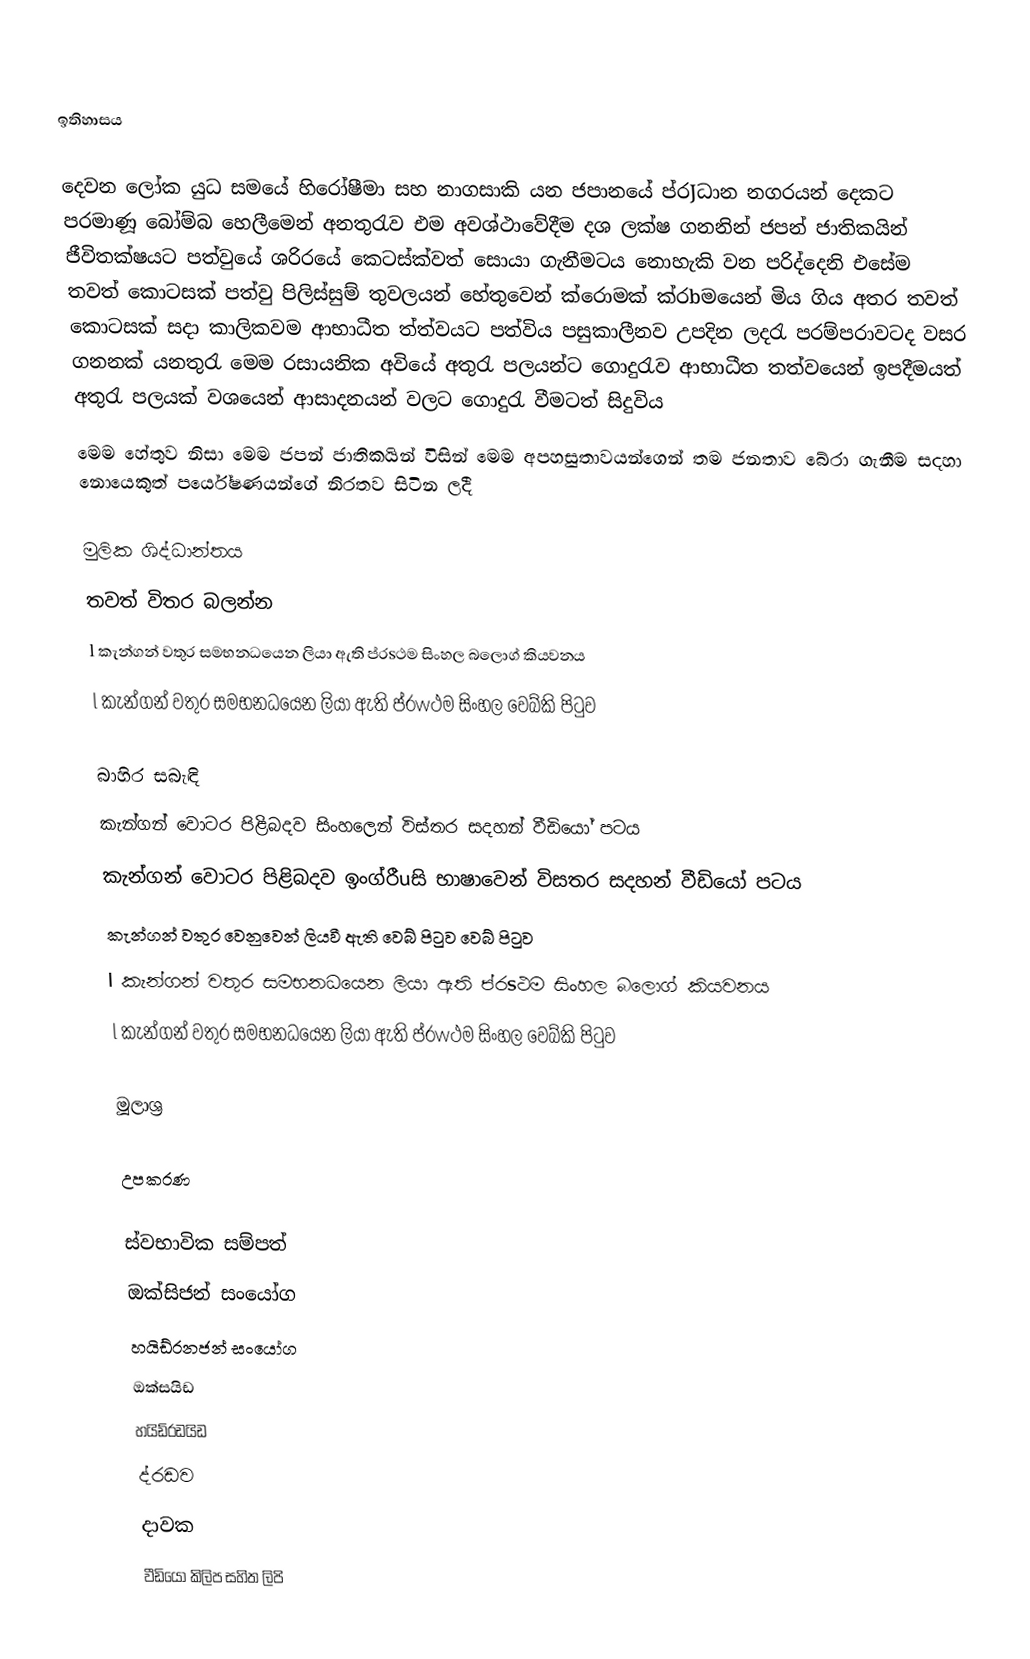

ඉතිහාසය

දෙවන ලෝක යුධ සමයේ හිරෝෂීමා සහ නාගසාකි යන ජපානයේ ප්රJධාන නගරයන් දෙකට පරමාණූ බෝම්බ හෙලීමෙන් අනතුරැව එම අවශ්ථාවේදීම දශ ලක්ෂ ගනනින් ජපන් ජාතිකයින් ජීවිතක්ෂයට පත්වුයේ ශරිරයේ කෙටස්ක්වත් සොයා ගැනීමටය නොහැකි වන පරිද්දෙනි එසේම තවත් කොටසක් පත්වු පිලිස්සුම් තුවලයන් හේතුවෙන් ක්රොමක් ක්රbමයෙන් මිය ගිය අතර තවත් කොටසක් සදා කාලිකවම ආභාධීත ත්ත්වයට පත්විය පසුකාලීනව උපදින ලදරැ පරම්පරාවටද වසර ගනනක් යනතුරැ මෙම රසායනික අවියේ අතුරැ පලයන්ට ගොදුරැව ආභාධීත තත්වයෙන් ඉපදීමයත් අතුරැ පලයක් වශයෙන් ආසාදනයන් වලට ගොදුරැ වීමටත් සිදුවිය
මෙම හේතුව නිසා මෙම ජපන් ජාතිකයින් විසින් මෙම අපහසුතාවයන්ගෙන් තම ජනතාව බේරා ගැනීම සදහා නොයෙකුත් පර්යේෂණයන්ගේ නිරතව සිටින ලදී

මුලික ශිද්ධාන්තය
තවත් විතර බලන්න
 l කැන්ගන් වතුර සමභනධයෙන ලියා ඇති ප්රsථම සිංහල බලොග් කියවනය
 l කැන්ගන් වතුර සමභනධයෙන ලියා ඇති ප්රwථම සිංහල වෙබ්කි පිටුව

බාහිර සබැඳි
 කැන්ගන් වොටර පිළිබදව සිංහලෙන් විස්තර සදහන් වීඩියෝ පටය
 කැන්ගන් වොටර පිළිබදව ඉංග්රීuසි භාෂාවෙන් විසතර සදහන් වීඩියෝ පටය
 කැන්ගන් වතුර වෙනුවෙන් ලියවී ඇති වෙබ් පිටුව වෙබ් පිටුව
 l කැන්ගන් වතුර සමභනධයෙන ලියා ඇති ප්රsථම සිංහල බලොග් කියවනය
 l කැන්ගන් වතුර සමභනධයෙන ලියා ඇති ප්රwථම සිංහල වෙබ්කි පිටුව

මූලාශ්‍ර

උපකරණ

ස්වභාවික සම්පත්
ඔක්සිජන් සංයෝග
හයිඩ්රනජන් සංයෝග
ඔක්සයිඩ
හයිඩ්රඩයිඩ
ද්රඩව
දාවක
වීඩියෝ කිලිප සහිත ලිපි